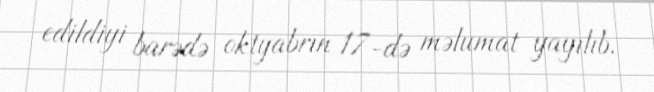
edildiyi barədə oktyabrın 17-də məlumat yayılıb.